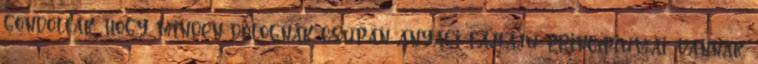
gondolták, hogy minden dolognak csupán anyagi fajtájú princípiumai vannak.